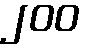
၂၀၀